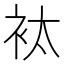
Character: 𧘹